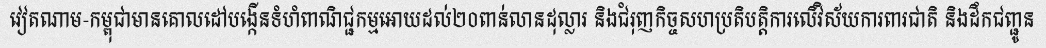
វៀតណាម-កម្ពុជាមានគោលដៅបង្កើនទំហំពាណិជ្ជកម្មអោយដល់២០ពាន់លានដុល្លារ និងជំរុញកិច្ចសហប្រតិបត្តិការលើវិស័យការពារជាតិ និងដឹកជញ្ជូន